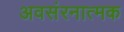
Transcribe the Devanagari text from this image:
अवसंरनात्मक